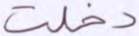
دخلت